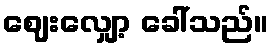
ဈေးလျှော့ ခေါ်သည်။